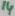
Text: 14